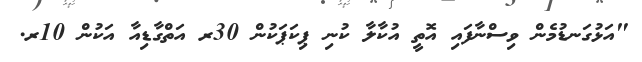
"އަޅުގަނޑުމެން ވިސްނާފައި އޮތީ އުކާލާ ކުނި ޕިކަޕަކުން 30ރ އަތްގާޑިއާ އަކުން 10ރ.